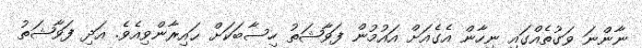
ނާންނަ ވަގުތެއްގައި ނިހާން އެގެއަށް އައުމުން ފަވާޝަތު ހިސާބަކަށް ޙައިރާންވިއެވެ. އަދި ފަވާޝަތު